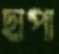
ছাপা